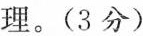
的道理。(3分)